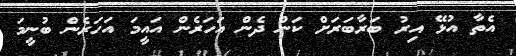
އެތާ އުޅޭ އިރު ބަރާބަރަށް ކަން ދެން އަހަރެން އައީމަ އަހަރެން ބުނީމަ